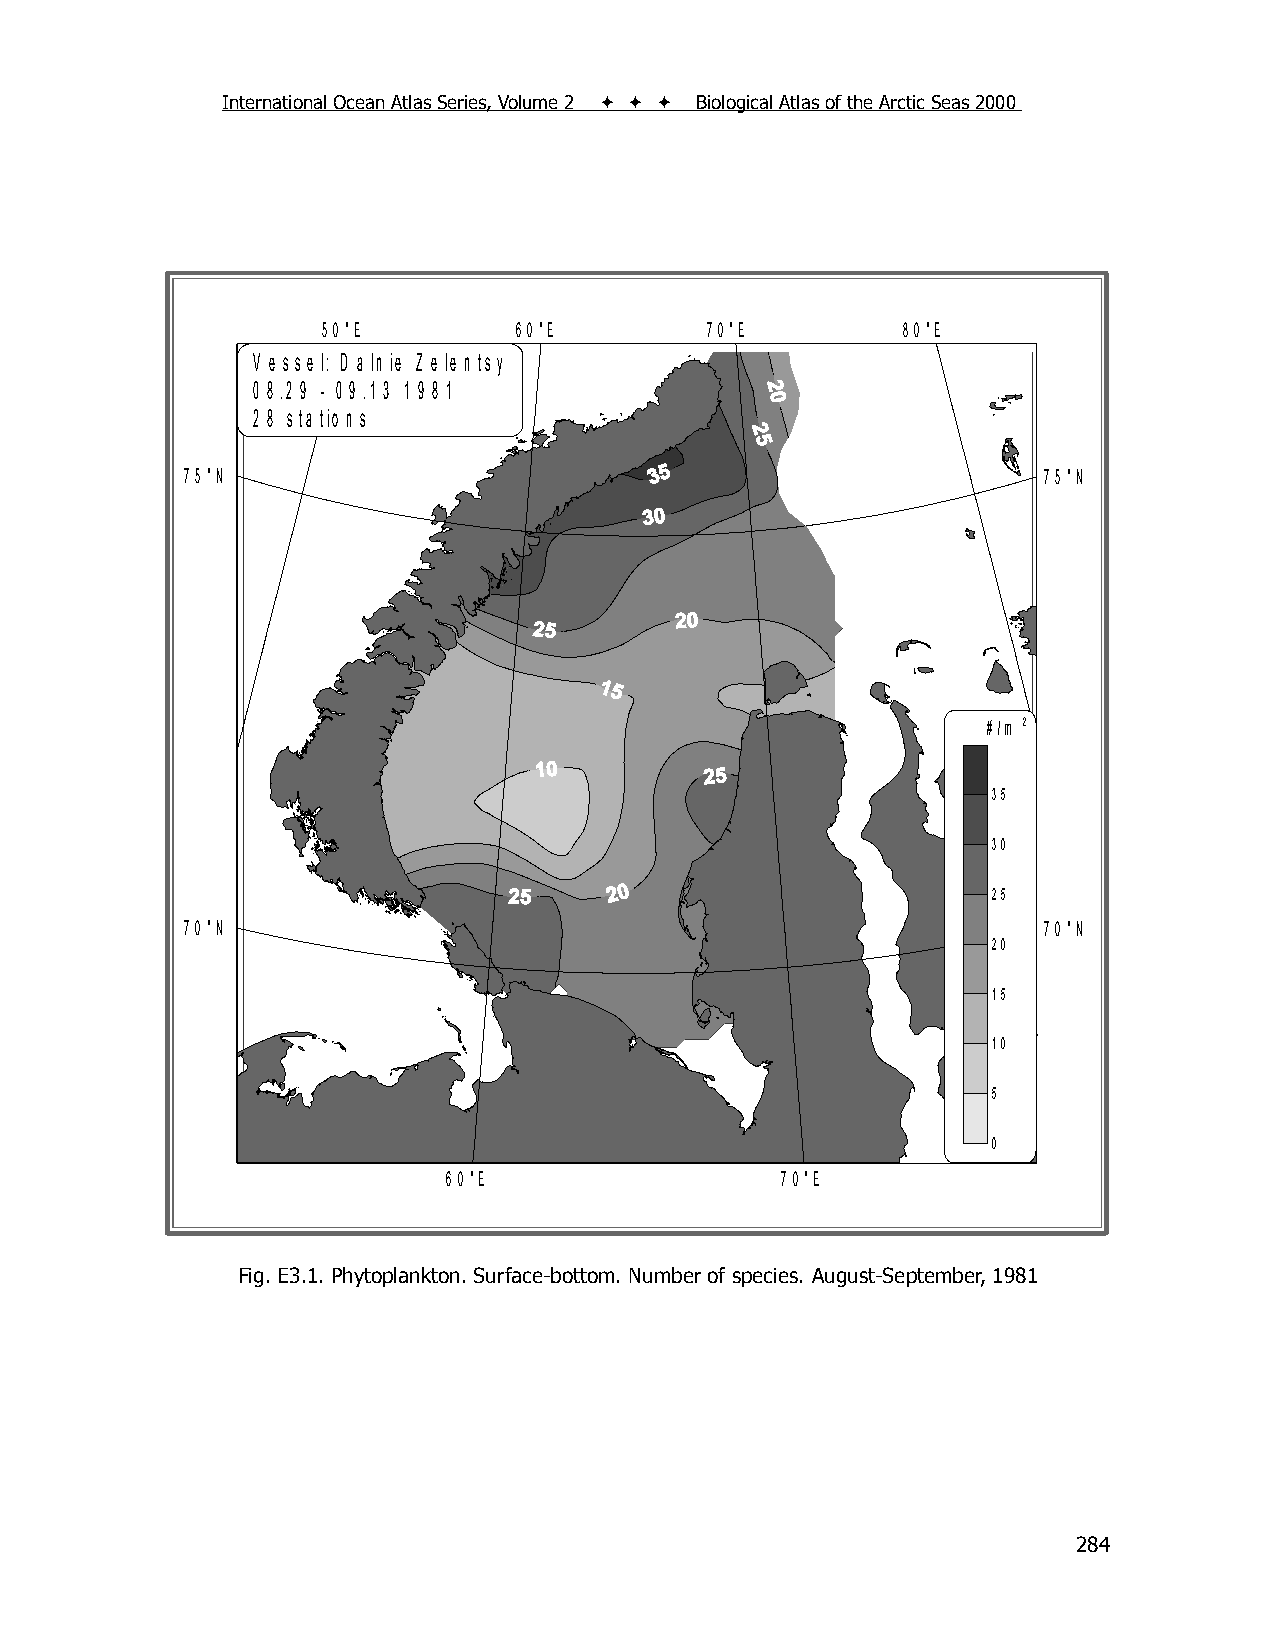
International Ocean Atlas Series, Volume 2    Biological Atlas of the Arctic Seas 2000
 5 0 °E       6 0 °E       7 0 °E       8 0 °E
 V e s s e l: D a ln ie Z e le n ts y
 0 8 .2 9 - 0 9 .1 3 1 9 8 1
 2 8 s ta tio n s
 7 5 °N                                                   7 5 °N
 # /m 2
 35
 30
 25
 7 0 °N                                                   7 0 °N
 20
 15
 10
 5
 0
 6 0 °E                7 0 °E
 F ig . 2 .3 .1 . P h y to p la n k to n , T a x a C o u n t (# )
 Fig. E3.1. Phytoplankton. Surface-bottom. Number of species. August-September, 1981
 284